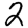
Digit: 2